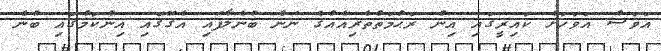
އަވަސް އަވަހަށް ކައިރީގައި އިން ރަޙުމަތްތެރިއެއްގެ ނަން ބުނެލާފައި އެގޭގައި އިންކަމުގައި ބުނެ